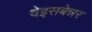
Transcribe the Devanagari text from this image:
वेइसबेन्नर